Report of an investigation of the epidemic of malarial fever in Assam, or, kala-azar
Disease focus: Malaria
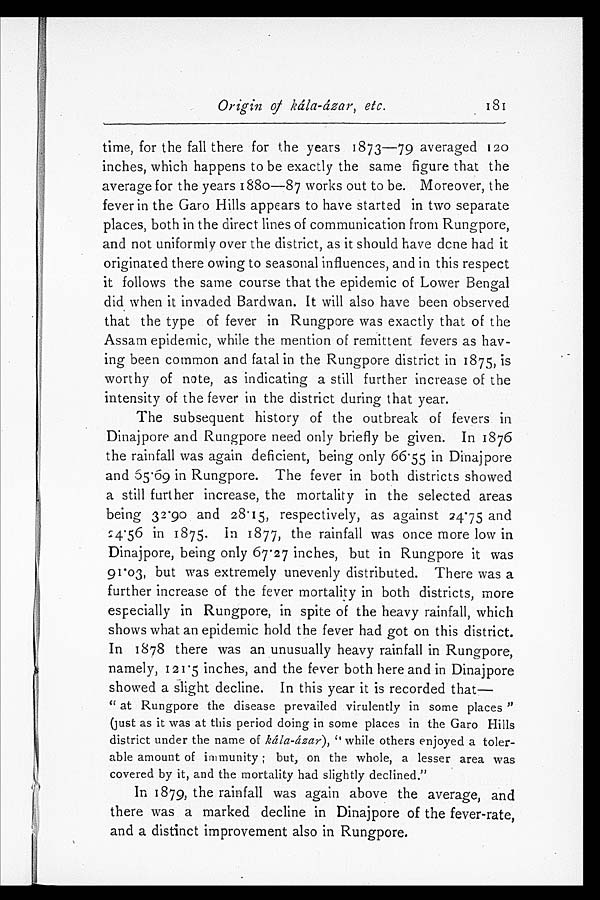
Origin of kála-ázar, etc.
181
time, for the fall there for the years 1873—79 averaged 120
inches, which happens to be exactly the same figure that the
average for the years 1880—87 works out to be. Moreover, the
fever in the Garo Hills appears to have started in two separate
places, both in the direct lines of communication from Rungpore,
and not uniformly over the district, as it should have done had it
originated there owing to seasonal influences, and in this respect
it follows the same course that the epidemic of Lower Bengal
did when it invaded Bardwan. It will also have been observed
that the type of fever in Rungpore was exactly that of the
Assam epidemic, while the mention of remittent fevers as hav
-ing been common and fatal in the Rungpore district in 1875, is
worthy of note, as indicating a still further increase of the
intensity of the fever in the district during that year.
The subsequent history of the outbreak of fevers in
Dinajpore and Rungpore need only briefly be given. In 1876
the rainfall was again deficient, being only 66·55 in Dinajpore
and 65·69 in Rungpore. The fever in both districts showed
a still further increase, the mortality in the selected areas
being 32·90 and 28·15, respectively, as against 24·75 and
24·56 in 1875. In 1877, the rainfall was once more low in
Dinajpore, being only 67·27 inches, but in Rungpore it was
91·03, but was extremely unevenly distributed. There was a
further increase of the fever mortality in both districts, more
especially in Rungpore, in spite of the heavy rainfall, which
shows what an epidemic hold the fever had got on this district.
In 1878 there was an unusually heavy rainfall in Rungpore,
namely, 121·5 inches, and the fever both here and in Dinajpore
showed a slight decline. In this year it is recorded that
—
"at Rungpore the disease prevailed virulently in some places"
(just as it was at this period doing in some places in the Garo Hills
district under the name of kála-ázar), "while others enjoyed a toler
- a b l e a m o u n t o f i m m u n i t y ; b u t , o n t h e w h o l e , a l e s s e r a r e a w a s
covered by it, and the mortality had slightly declined."
In 1879, the rainfall was again above the average, and
there was a marked decline in Dinajpore of the fever-rate,
and a distinct improvement also in Rungpore.